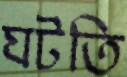
ঘটতি